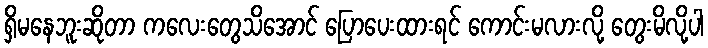
ရှိမနေဘူးဆိုတာ ကလေးတွေသိအောင် ပြောပေးထားရင် ကောင်းမလားလို့ တွေးမိလို့ပါ